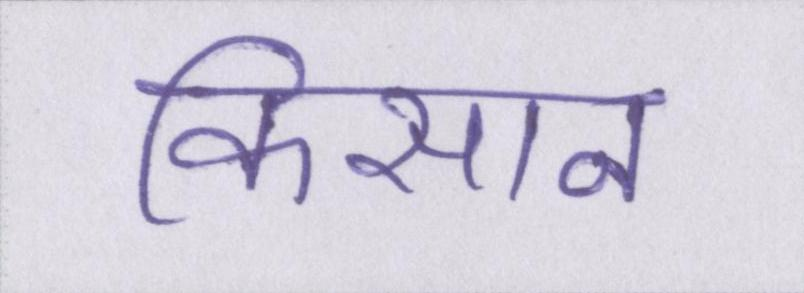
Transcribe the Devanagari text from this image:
किसान